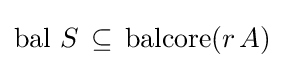
\operatorname {bal} \,S\,\subseteq \,\operatorname {balcore} (r\,A)